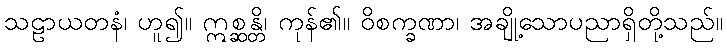
သဠာယတနံ၊ ဟူ၍။ ဣစ္ဆန္တိ၊ ကုန်၏။ ဝိစက္ခဏာ၊ အချို့သောပညာရှိတို့သည်။